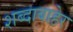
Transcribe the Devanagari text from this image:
शब्दाबाहेर